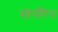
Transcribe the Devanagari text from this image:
सोनोरैन